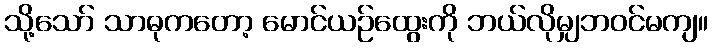
သို့သော် သာဓုကတော့ မောင်ယဉ်ထွေးကို ဘယ်လိုမျှဘဝင်မကျ။